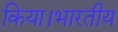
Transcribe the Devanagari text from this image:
किया।भारतीय